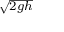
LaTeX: \scriptstyle { \sqrt { 2 g h } }